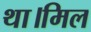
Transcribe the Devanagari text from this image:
था।मिल